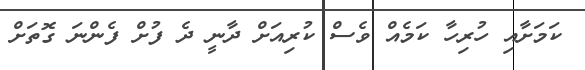
ކަމަށާއި ހުރިހާ ކަމެއް ވެސް ކުރިއަށް ދާނީ ދެ ފުށް ފެންނަ ގޮތަށް